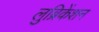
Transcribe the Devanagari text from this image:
लुब्रिकेंशन